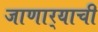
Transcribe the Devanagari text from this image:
जाणार्‍याची